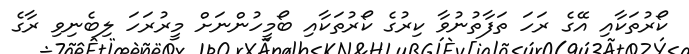
ކޯރުތަކާއި އޭގެ ރަހަ ތަފާތުނުވާ ކިރުގެ ކޯރުތަކާއި ބޯމީހުންނަށް މީރުރަހަ ލިބެނިވި ރާގެ